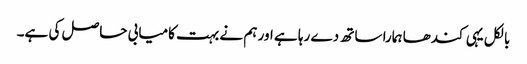
بالکل یہی کندھا ہمارا ساتھ دے رہا ہے اور ہم نے بہت کامیابی حاصل کی ہے۔